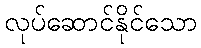
လုပ်ဆောင်နိုင်သော